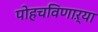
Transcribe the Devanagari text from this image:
पोहचविणाऱ्या